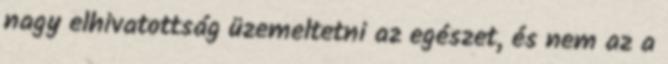
nagy elhivatottság üzemeltetni az egészet, és nem az a